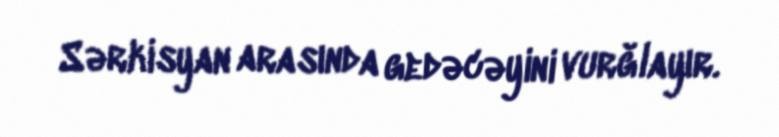
Sərkisyan arasında gedəcəyini vurğlayır.